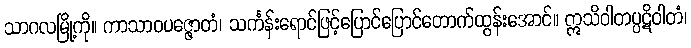
သာဂလမြို့ကို။ ကာသာဝပဇ္ဇောတံ၊ သင်္ကန်းရောင်ဖြင့်ပြောင်ပြောင်တောက်ထွန်းအောင်။ ဣသိဝါတပ္ပဋိဝါတံ၊